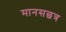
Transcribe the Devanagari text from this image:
मानसछत्र